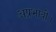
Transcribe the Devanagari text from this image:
अप्रभावी।